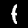
Digit: 1